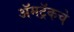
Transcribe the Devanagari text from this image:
ॲमट्रॅकचे